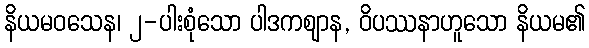
နိယမဝသေန၊ ၂-ပါးစုံသော ပါဒကဈာန, ဝိပဿနာဟူသော နိယမ၏